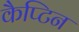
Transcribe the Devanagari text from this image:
कैप्टिन